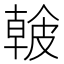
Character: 𥀐